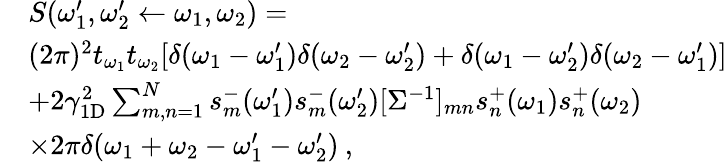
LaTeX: \begin{array}{rl}&{S(\omega_{1}^{\prime},\omega_{2}^{\prime}\leftarrow\omega_{1},\omega_{2})=}\\ &{(2\pi)^{2}t_{\omega_{1}}t_{\omega_{2}}[\delta(\omega_{1}-\omega_{1}^{\prime})\delta(\omega_{2}-\omega_{2}^{\prime})+\delta(\omega_{1}-\omega_{2}^{\prime})\delta(\omega_{2}-\omega_{1}^{\prime})]}\\ &{+2\gamma_{\mathrm{1D}}^{2}\sum_{m,n=1}^{N}s_{m}^{-}(\omega_{1}^{\prime})s_{m}^{-}(\omega_{2}^{\prime})[\Sigma^{-1}]_{mn}s_{n}^{+}(\omega_{1})s_{n}^{+}(\omega_{2})}\\ &{\times 2\pi\delta(\omega_{1}+\omega_{2}-\omega_{1}^{\prime}-\omega_{2}^{\prime})\: ,}\end{array}